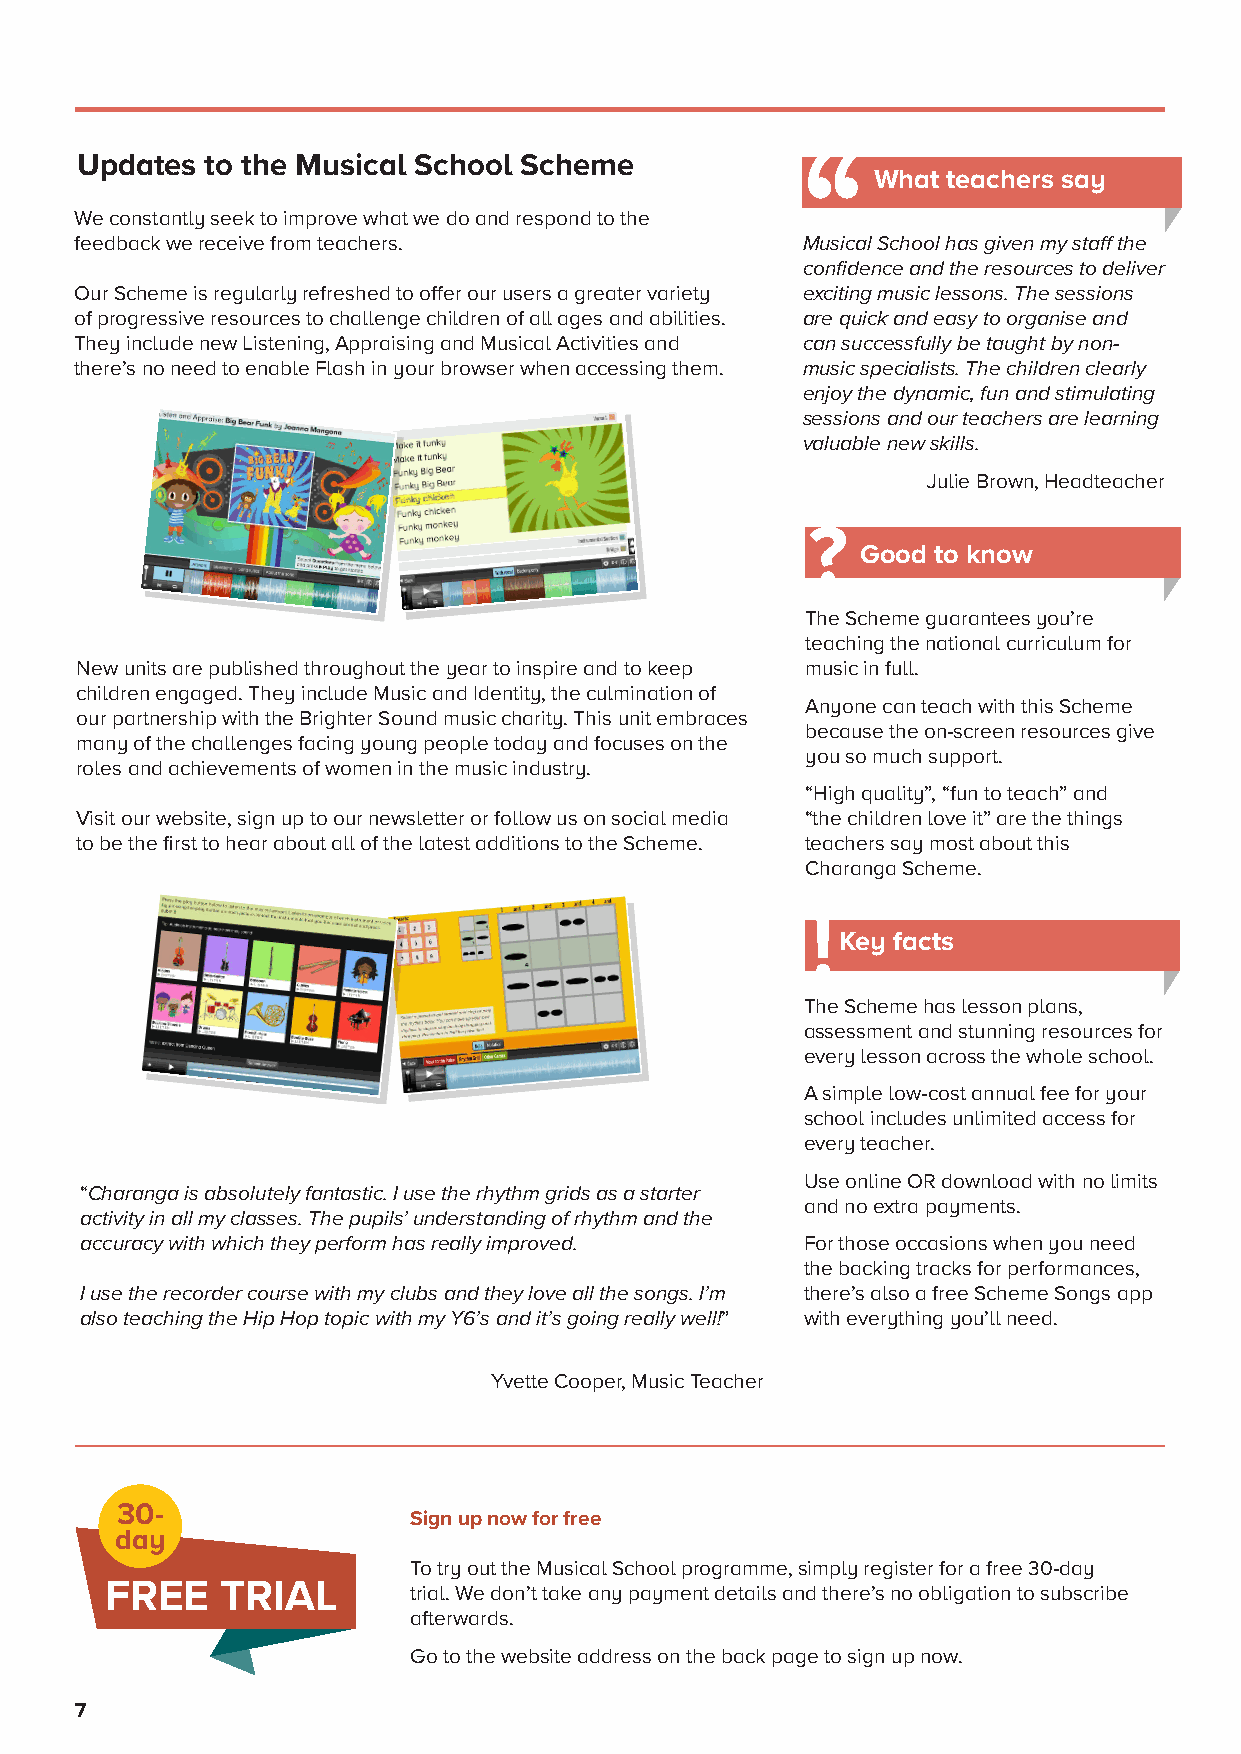
Inside Musical School: Scheme of Work
 Updates  to the Musical School Scheme
 What teachers say
 We constantly seek to improve what we do and respond to the
 feedback we receive from teachers.              Musical School has given my staff the
 confidence and the resources to deliver
 Our Scheme is regularly refreshed to offer our users a greater variety exciting music lessons. The sessions
 of progressive resources to challenge children of all ages and abilities. are quick and easy to organise and
 They include new Listening, Appraising and Musical Activities and can successfully be taught by non-
 there’s no need to enable Flash in your browser when accessing them. music specialists. The children clearly
 enjoy the dynamic, fun and stimulating
 sessions and our teachers are learning
 valuable new skills.
 Julie Brown, Headteacher
 ?
 Good to know
 The Scheme guarantees you’re
 teaching the national curriculum for
 New units are published throughout the year to inspire and to keep music in full.
 children engaged. They include Music and Identity, the culmination of
 Anyone can teach with this Scheme
 our partnership with the Brighter Sound music charity. This unit embraces
 because the on-screen resources give
 many of the challenges facing young people today and focuses on the
 you so much support.
 roles and achievements of women in the music industry.
 “High quality”, “fun to teach” and
 Visit our website, sign up to our newsletter or follow us on social media “the children love it” are the things
 to be the first to hear about all of the latest additions to the Scheme. teachers say most about this
 Charanga Scheme.
 Key facts
 The Scheme has lesson plans,
 assessment and stunning resources for
 every lesson across the whole school.
 A simple low-cost annual fee for your
 school includes unlimited access for
 every teacher.
 Use online OR download with no limits
 “Charanga is absolutely fantastic. I use the rhythm grids as a starter
 and no extra payments.
 activity in all my classes. The pupils’ understanding of rhythm and the
 accuracy with which they perform has really improved. For those occasions when you need
 the backing tracks for performances,
 I use the recorder course with my clubs and they love all the songs. I’m there’s also a free Scheme Songs app
 also teaching the Hip Hop topic with my Y6’s and it’s going really well!” with everything you’ll need.
 Yvette Cooper, Music Teacher
 30-
 Sign up now for free
 day
 To try out the Musical School programme, simply register for a free 30-day
 FREE    TRIAL       trial. We don’t take any payment details and there’s no obligation to subscribe
 afterwards.
 Go to the website address on the back page to sign up now.
 7